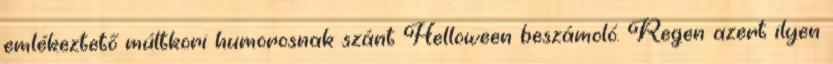
emlékeztető múltkori humorosnak szánt Helloween beszámoló. Regen azert ilyen